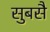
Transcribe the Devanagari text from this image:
सुबसै